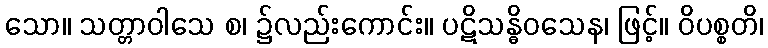
သော။ သတ္တာဝါသေ စ၊ ၌လည်းကောင်း။ ပဋိသန္ဓိဝသေန၊ ဖြင့်။ ဝိပစ္စတိ၊